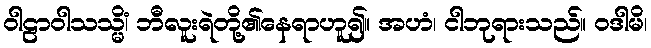
ဝါဠာဝါသသ္မိံ၊ ဘီလူးရဲတို့၏နေရာဟူ၍။ အဟံ၊ ငါဘုရားသည်။ ဝဒါမိ၊